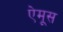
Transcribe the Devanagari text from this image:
ऐमूस